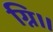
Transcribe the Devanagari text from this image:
ग्नि।।